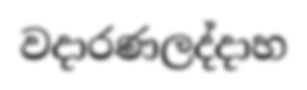
වදාරණලද්දාහ